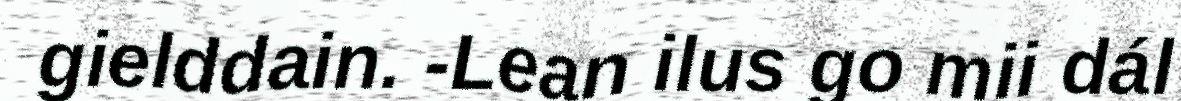
gielddain. -Lean ilus go mii dál